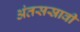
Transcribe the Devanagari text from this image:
अंतसस्रावी